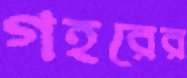
গহরের